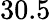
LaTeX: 30.5